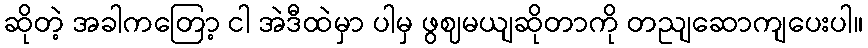
ဆိုတဲ့ အခါကတြော့ ငါ အဲဒီထဲမှာ ပါမှ ဖွဈမယျဆိုတာကို တညျဆောကျပေးပါ။